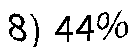
8) 44%